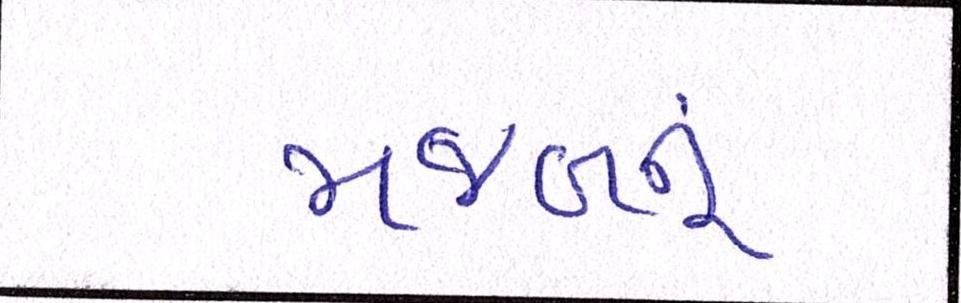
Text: મુજબનું